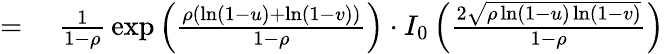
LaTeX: \begin{array}{rl}{={}}&{{}{\frac{1}{1-\rho}}\exp\left({\frac{\rho(\ln(1-u)+\ln(1-v))}{1-\rho}}\right)\cdot I_{0}\left({\frac{2{\sqrt{\rho\ln(1-u)\ln(1-v)}}}{1-\rho}}\right)}\end{array}